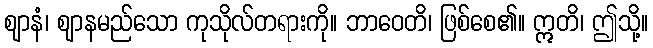
ဈာနံ၊ ဈာနမည်သော ကုသိုလ်တရားကို။ ဘာဝေတိ၊ ဖြစ်စေ၏။ ဣတိ၊ ဤသို့။